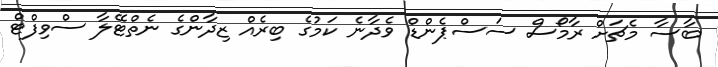
ބާސާ މެޗަށް ރާމޯސް ސަސްޕެންޑް ވެދާނެ ކަމުގެ ބިރެއް ޒިދާންގެ ނެތްޓޭލާ ސްވިފްޓް